Medical and sanitary report of the native army of Bengal for the year
Year: 1875
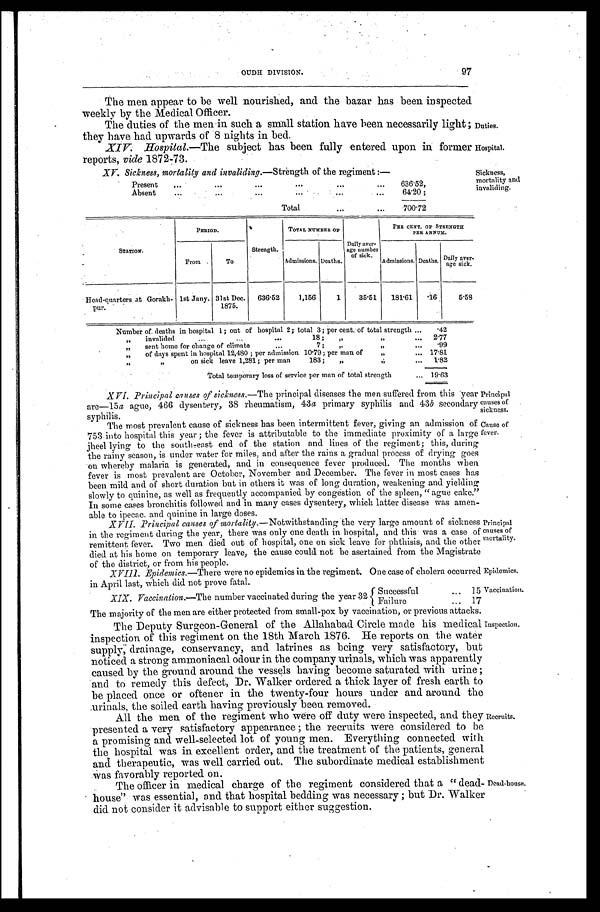
97
OUDH DIVISION.
The men appear to be well nourished, and the bazar has been inspected
weekly by the Medical Officer.
The duties of the men in such a small station have been necessarily light ;
they have had upwards of 8 nights in bed.
Duties.
XIV. Hospital.— The subject has been fully entered upon in former
reports, vide 1872-73.
Hospital
.
XV. Sickness, mortality and invaliding.— Strength of the regiment :—
Present
.
.
.
636.52,
A b s e n t . . .
64.20 ;
Total . . .
700.72
Sickness,
mortality and
invaliding.
STATION-
PERIOD.
TOTAL NUMBER OF
PER CENT. OF STRENGTH
PER ANNUM.
From
To
Strength.
Admissions. Deaths.
Daily aver-
age number
of sick
Admissions. Deaths. Daily aver-
age sick.
Head-quarters at Gorakh-
pur.
1st Jany. 31st Dec.
1875.
636.52
1,156
1
35.51
181.61
.16
5.58
Number of. deaths in hospital 1; out of hospital 2; total 3; per cent. of total strength . . .
.42
invalided
18 ;
"
invalided
"
2.77
" sent borne for change of climate . . . 7 ; " " . . .
.99
" of days spent in hospital 12,480 ; per admission 10.79; per man of " 17.81
" on sick leave 1,281; per man
183;
"
1.82
Total temporary loss of service per man of total strength . . . 19.63
XVI. Principal causes of sickness.— The principal diseases the men suffered from this year
are—15 a ague, 466 dysentery, 38 rheumatism, 43 a primary syphilis and 43b secondary syphilis.
The most prevalent cause of sickness has been intermittent fever, giving an admission of
753 into hospital this year ; the fever is attributable to the immediate proximity of a large
jheel lying to the south-east end of the station and lines of the regiment; this, during
the rainy season, is under water for miles, and after the rains a gradual process of drying goes
on whereby malaria is generated, and in consequence fever produced. The months when
fever is most prevalent are October, November and December. The fever in most cases has
been mild and of short duration but in others it was of long duration, weakening and yielding
slowly to quinine, as well as frequently accompanied by congestion of the spleen, " ague cake."
In some cases bronchitis followed and in many cases dysentery, which latter disease was amen
-able to ipecac. and quinine in large doses.
XVII. Principal causes of mortality .—Notwithstanding the very large amount of sickness
in the regiment during the year, there was only one death in hospital, and this was a case of
remittent fever. Two men died out of hospital, one on sick leave for phthisis, and the other
died at his home on temporary leave, the cause could not be asertained from the Magistrate
of the district, or from his people.
XVIII. Epidemics.— There were no epidemics in the regiment. One case of cholera occurred
in April last, which did not prove fatal.
Principal
causes of
sickness.
Cause of
fever.
Principal
causes of
mortality.
Epidemics.
- Vaccination.
XIX. Vaccination.— The number vaccinated during the year 32
S u c c e s s f u l . . .
15
17
F a i l u r e . . .
The majority of the men are either protected from small-pox by vaccination, or previous attacks.
The Deputy Surgeon-General of the Allahabad Circle made his medical
inspection of this regiment on the 18th March 1876. He reports on the water
supply, drainage, conservancy, and latrines as being very satisfactory, but
noticed a strong ammoniacal odour in the company urinals, which was apparently
caused by the ground around the vessels having become saturated with urine ;
and to remedy this defect, Dr. Walker ordered a thick layer of fresh earth to
be placed once or oftener in the twenty-four hours under and around the
urinals, the soiled earth having previously been removed.
Inspection.
All the men of the regiment who were off duty were inspected, and they
presented a very satisfactory appearance ; the recruits were considered to be
a promising and well-selected lot of young men. Everything connected with
the hospital was in excellent order, and the treatment of the patients, general
and therapeutic, was well carried out. The subordinate medical establishment
was favorably reported on.
Recruits.
The officer in medical charge of the regiment considered that a "dead-
-house" was essential, and that hospital bedding was necessary ; but Dr. Walker
did not consider it advisable to support either suggestion.
Dead-house.